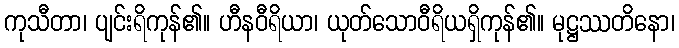
ကုသီတာ၊ ပျင်းရိကုန်၏။ ဟီနဝီရိယာ၊ ယုတ်သောဝီရိယရှိကုန်၏။ မုဋ္ဌဿတိနော၊